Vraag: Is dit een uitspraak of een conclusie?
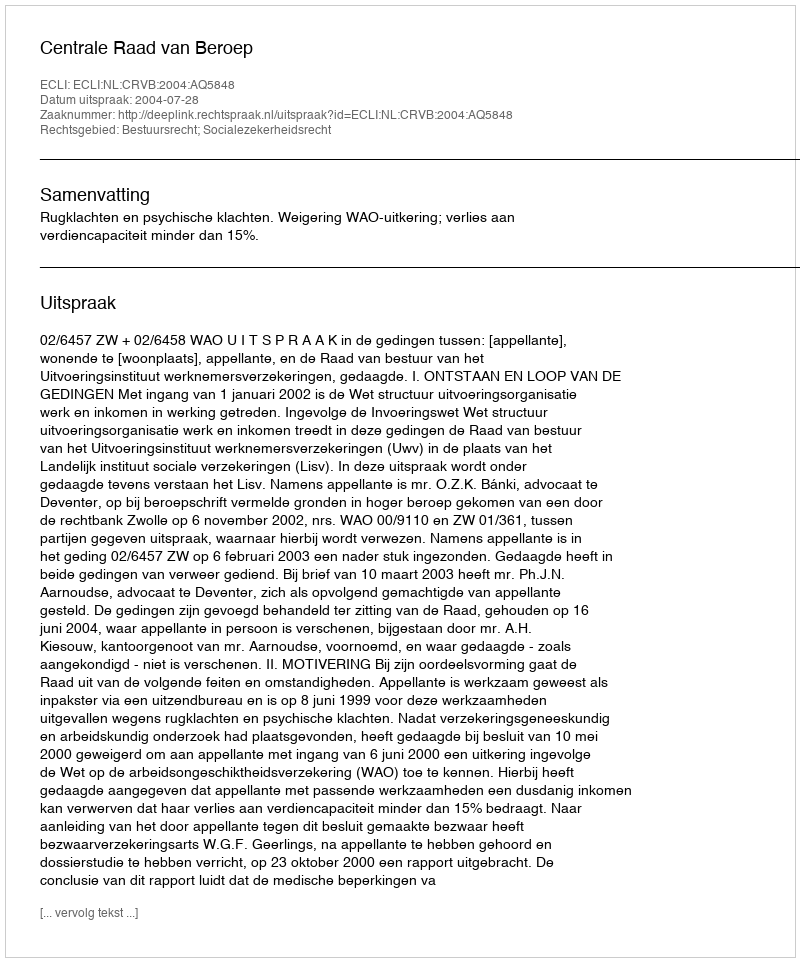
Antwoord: Uitspraak